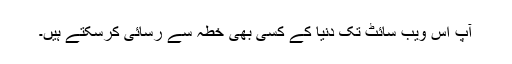
آپ اس ویب سائٹ تک دنیا کے کسی بھی خطہ سے رسائی کرسکتے ہیں۔